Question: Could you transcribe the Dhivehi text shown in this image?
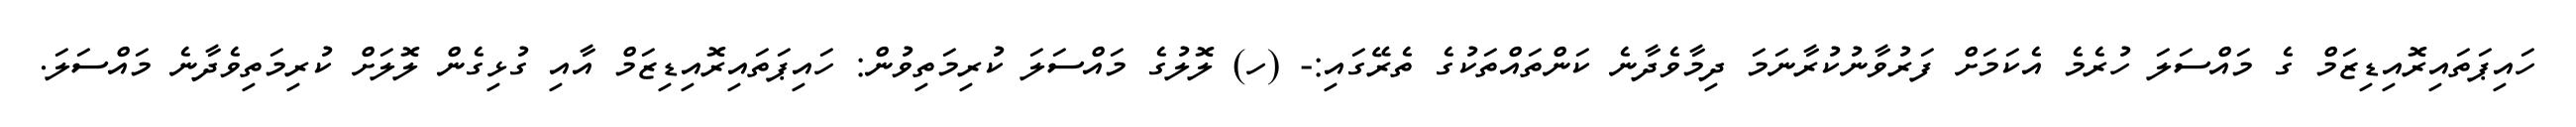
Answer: ހައިޕަތައިރޮއިޑިޒަމް ގެ މައްސަލަ ހުރެމެ އެކަމަށް ފަރުވާނުކުރާނަމަ ދިމާވެދާނެ ކަންތައްތަކުގެ ތެރޭގައި:- (ހ) ލޮލުގެ މައްސަލަ ކުރިމަތިވުން: ހައިޕަތައިރޮއިޑިޒަމް އާއި ގުޅިގެން ލޮލަށް ކުރިމަތިވެދާނެ މައްސަލަ.